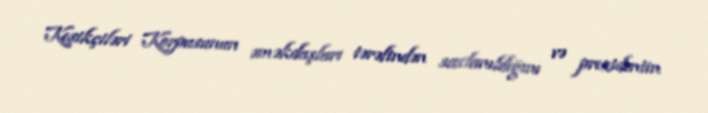
Keşikçiləri Korpusunun əməkdaşları tərəfindən saxlanıldığını və prezidentin